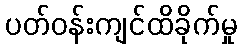
ပတ်ဝန်းကျင်ထိခိုက်မှု